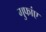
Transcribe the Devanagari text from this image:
गुफांए